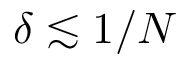
\delta \lesssim 1 / N